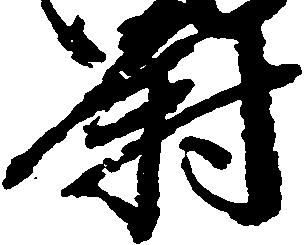
尉